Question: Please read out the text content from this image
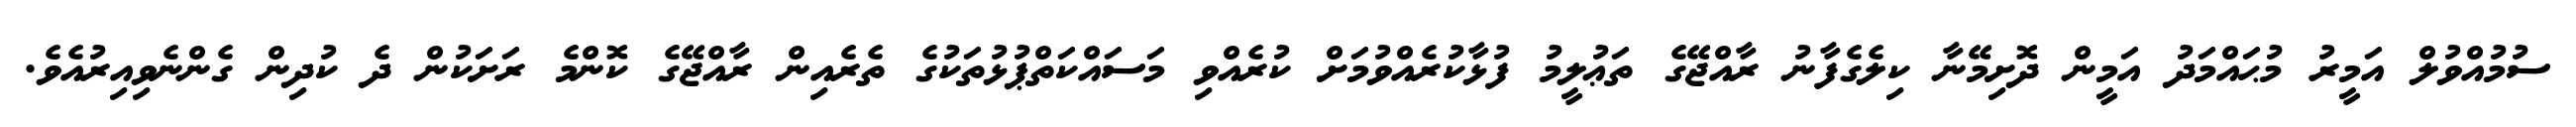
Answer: ސުމުއްވުލް އަމީރު މުޙައްމަދު އަމީން ދޮށިމޭނާ ކިލެގެފާނު ރާއްޖޭގެ ތަޢުލީމު ފުޅާކުރެއްވުމަށް ކުރެއްވި މަސައްކަތްޕުޅުތަކުގެ ތެރެއިން ރާއްޖޭގެ ކޮންމެ ރަށަކުން ދެ ކުދިން ގެންނެވިއިރުއެވެ.